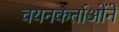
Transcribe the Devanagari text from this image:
चयनकर्ताओंने